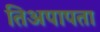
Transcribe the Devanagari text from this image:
तिअपापता